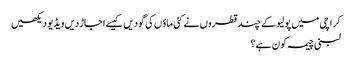
کراچی میں پولیو کے چند قطروں نے کئی ماؤں کی گودیں کیسے اجاڑ دیں ویڈیو دیکھیں
لبنی چیمہ کون ہے ؟